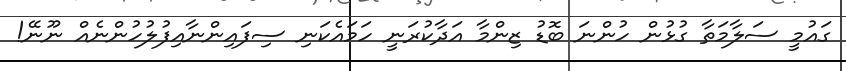
ގައުމީ ސަލާމަތާ ގުޅުން ހުންނަ ބޮޑު ޒިންމާ އަދާކުރަނީ ހަމައެކަނި ސިފައިންނާއިފުލުހުންނެއް ނޫނޭ!